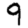
Digit: 9